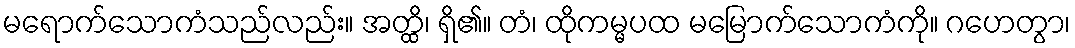
မရောက်သောကံသည်လည်း။ အတ္ထိ၊ ရှိ၏။ တံ၊ ထိုကမ္မပထ မမြောက်သောကံကို။ ဂဟေတွာ၊